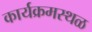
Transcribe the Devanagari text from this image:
कार्यक्रमस्थळ